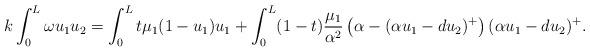
LaTeX: \begin{align*}k \int_0^L \omega u_1 u_2 = \int_0^L t \mu_1( 1 - u_1) u_1 + \int_0^L (1-t) \frac{\mu_1}{\alpha^2} \left(\alpha - (\alpha u_{1} - d u_2)^+\right)(\alpha u_{1} - d u_2)^+.\end{align*}